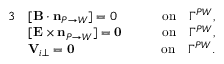
\begin{array} { r l r } { { 3 } } & { [ { \mathbf B } \cdot \mathbf { n } _ { P \rightarrow W } ] = 0 \qquad } & { \mathrm { o n } \quad \Gamma ^ { P W } , } \\ & { [ { \mathbf E } \times \mathbf { n } _ { P \rightarrow W } ] = \mathbf { 0 } \qquad } & { \mathrm { o n } \quad \Gamma ^ { P W } , } \\ & { \mathbf V _ { i \perp } = \mathbf { 0 } \qquad } & { \mathrm { o n } \quad \Gamma ^ { P W } . } \end{array}